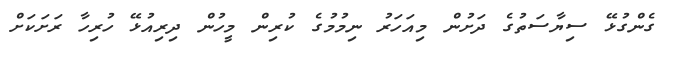
ގެންގުޅޭ ސިޔާސަތުގެ ދަށުން މިއަހަރު ނިމުމުގެ ކުރިން މީހުން ދިރިއުޅޭ ހުރިހާ ރަށަކަށް